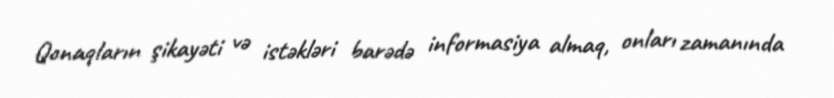
Qonaqların şikayəti və istəkləri barədə informasiya almaq, onları zamanında